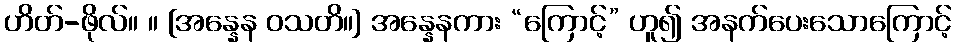
ဟိတ်-ဖိုလ်။ ။ [အန္နေန ဝသတိ။] အန္နေနကား “ကြောင့်” ဟူ၍ အနက်ပေးသောကြောင့်